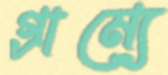
গ্রাম্যে